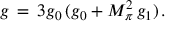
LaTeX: g \, = \, 3 g _ { 0 } \, ( g _ { 0 } + M _ { \pi } ^ { 2 } \, g _ { 1 } ) \, .